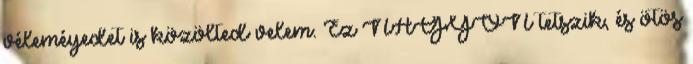
véleméyedet is közölted velem. Ez NAGYON tetszik, és ötös